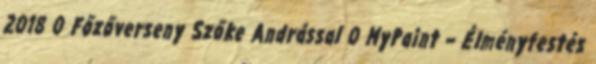
2018 0 Főzőverseny Szőke Andrással 0 MyPaint – Élményfestés